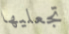
تجعليها